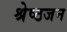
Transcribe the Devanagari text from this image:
श्रेष्‍ठजन